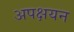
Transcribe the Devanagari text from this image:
अपक्षयन